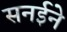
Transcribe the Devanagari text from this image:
सनईने